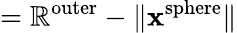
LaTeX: =\mathbb{R}^{\mathrm{{outer}}}-\| \mathbf{{x}}^{\mathrm{{sphere}}}\|